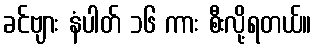
ခင်ဗျား နံပါတ် ၁၆ ကား စီးလို့ရတယ်။